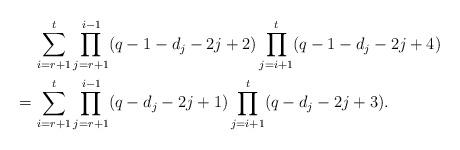
LaTeX: \begin{align*}&\sum_{i=r+1}^{t}\prod_{j=r+1}^{i-1}(q-1-d_j-2j+2)\prod_{j=i+1}^{t}(q-1-d_j-2j+4)\\=\,&\sum_{i=r+1}^{t}\prod_{j=r+1}^{i-1}(q-d_j-2j+1)\prod_{j=i+1}^{t}(q-d_j-2j+3).\end{align*}